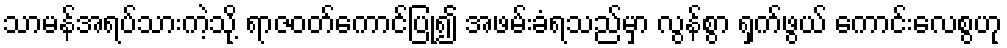
သာမန်အရပ်သားကဲ့သို့ ရာဇဝတ်ကောင်ပြု၍ အဖမ်းခံရသည်မှာ လွန်စွာ ရှက်ဖွယ် ကောင်းလေစွဟု